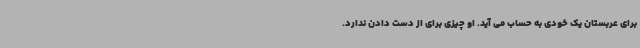
برای عربستان یک خودی به حساب می آید. او چیزی برای از دست دادن ندارد.